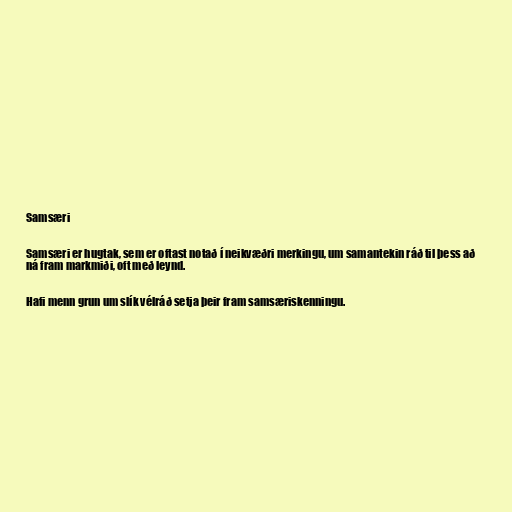
Samsæri

Samsæri er hugtak, sem er oftast notað í neikvæðri merkingu, um samantekin ráð til þess að
ná fram markmiði, oft með leynd.

Hafi menn grun um slík vélráð setja þeir fram samsæriskenningu.